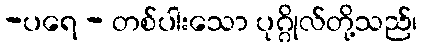
-ပရေ - တစ်ပါးသော ပုဂ္ဂိုလ်တို့သည်၊